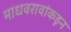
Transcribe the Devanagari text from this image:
माधवरावांकडून